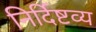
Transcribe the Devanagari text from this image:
निर्दिष्टव्य